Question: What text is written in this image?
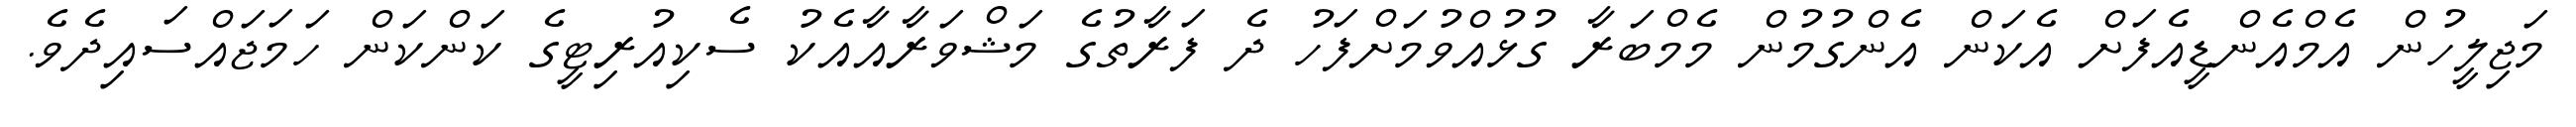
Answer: މަޖިލީހުން އެމްއެންޑީއެފަށް އެކަން އެންގުމުން މެމްބަރާ ގުޅުއްވުމަށްފަހު ދެ ފަރާތުގެ މަޝްވަރާއާއެކު ސެކިއުރިޓީގެ ކަންކަން ހަމަޖައްސައިދެވެ.